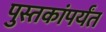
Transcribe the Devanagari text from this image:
पुस्तकांपर्यंत